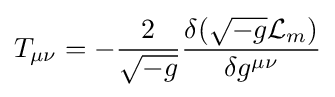
T_{\mu \nu }=-{\frac {2}{\sqrt {-g}}}{\frac {\delta ({\sqrt {-g}}{\mathcal {L}}_{m})}{\delta g^{\mu \nu }}}